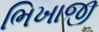
ભિખાજી